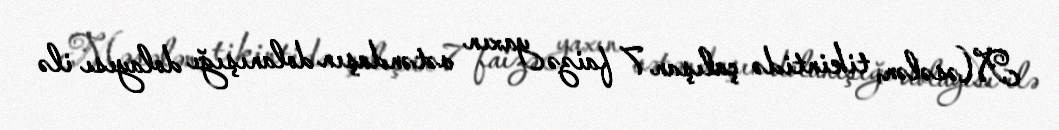
Məsələn, tikintidə çalışan 7 faizə yaxın vətəndaşın dolanışığı dolayısı ilə